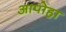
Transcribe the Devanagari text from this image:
आपोहा